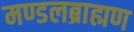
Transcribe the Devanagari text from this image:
मण्डलब्राह्मण